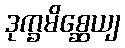
ဒုက္ခမိစ္ဆေယျ